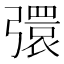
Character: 彋